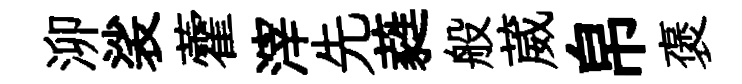
泖裟藿滓先蕤般葳帛褒